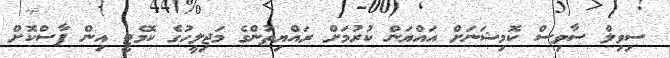
ސިވިލް ސާވިސް ކޮމިޝަނަށް އައްޔަން ކުރުމަށް ރައްޔިތުންގެ މަޖިލީހުގެ ކޮމެޓީ އިން ފާސްކޮށް